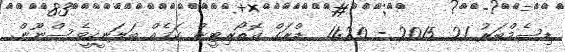
ޑިސެމްބަރު 21